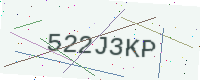
Text: 522J3KP